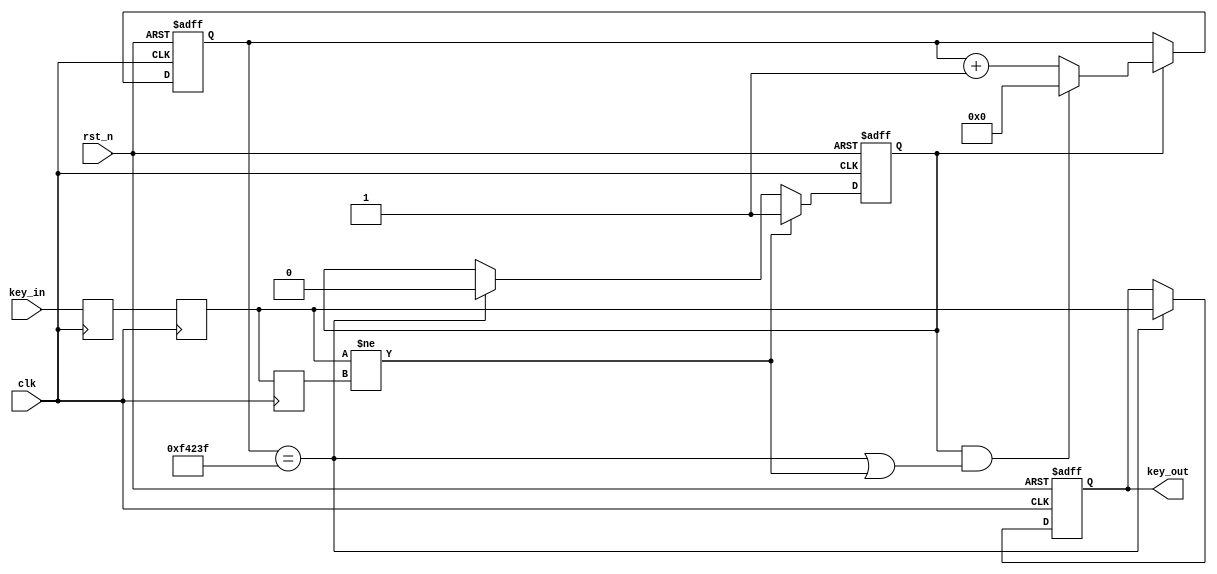
module wipe_key_shake
#(
	parameter WIPE_TIME = 1000_000
	//50M,20ms
)
(										 
	input				clk     ,		
	input				rst_n   ,  	
	input				key_in  ,
	output	reg	key_out    
);
 
//==========================================================
//***************************************************
reg key_in_q1;
reg key_in_q2;   //
reg key_in_q3;   //
//==========================================================
 
 
//==========================================================
//************************************************
reg key_state;
//==========================================================
 
 
//==========================================================
//**********************************************
reg [23:0] wipe_cnt;
wire       add_wipe_cnt;
wire       end_wipe_cnt; 
//==========================================================
 
 
//++++++++++++++++++++++++++++++++++++++++++++++++++++++++++
//************************************************
//++++++++++++++++++++++++++++++++++++++++++++++++++++++++++
 
 
//==========================================================
//***************************************************
always  @(posedge clk)begin
	key_in_q1 <= key_in;
	key_in_q2 <= key_in_q1;
	key_in_q3 <= key_in_q2;
end
//==========================================================
 
//==========================================================
//************************************************
always  @(posedge clk or negedge rst_n)begin
    if(rst_n==1'b0)begin
		key_state <= 0;
    end
    else if(key_in_q2 != key_in_q3)begin
		key_state <= 1;
    end
	 else if(wipe_cnt == WIPE_TIME - 1)begin
		key_state <= 0;
	 end
end
//==========================================================
//==========================================================
//**********************************************
always @(posedge clk or negedge rst_n)begin
    if(!rst_n)begin
        wipe_cnt <= 0;
    end
    else if(add_wipe_cnt)begin
        if(end_wipe_cnt)
            wipe_cnt <= 0;
        else
            wipe_cnt <= wipe_cnt + 1;
    end
end
assign add_wipe_cnt = key_state;       
assign end_wipe_cnt = add_wipe_cnt && ( (wipe_cnt == WIPE_TIME - 1) || (key_in_q2 != key_in_q3) );   
//
//  
//==========================================================
//==========================================================
//***************************************************
always  @(posedge clk or negedge rst_n)begin
    if(rst_n==1'b0)begin
		key_out <= 0;
    end
    else if(wipe_cnt == WIPE_TIME - 1)begin
		key_out <= key_in_q2;
    end
end
//
//==========================================================
 
endmodule